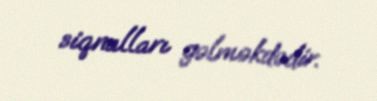
siqnalları gəlməkdədir.